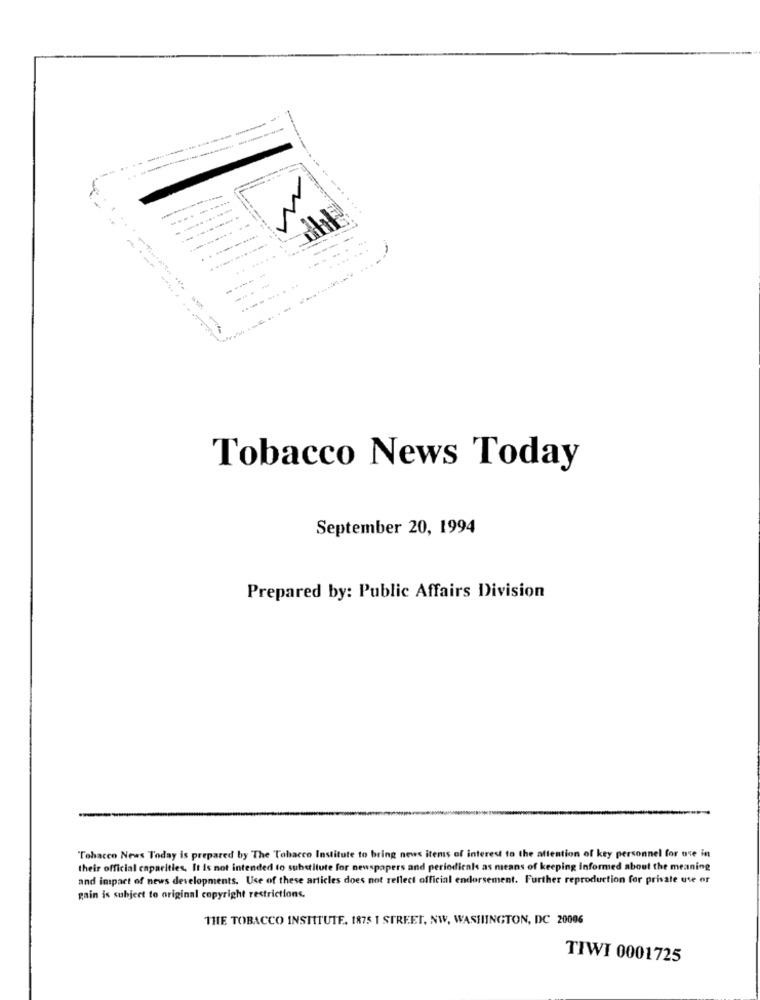
---------.
N
Tobacco News Today
September 20, 1994
Prepared by: Public Affairs Division
Tobacco News Today is prepared by The Tobacco Institute to bring news items of interest to the attention of key personnel for use in
their official capacities. It Is not intended to substitute for newspapers and periodicals as means of keeping informed about the meaning
and impact of news developments. Use of these articles does not reflect official endorsement. Further reproduction for private use or
gain is subject to original copyright restrictions,
THE TOBACCO INSTITUTE. 1875 1 STREET, NW, WASHINGTON, DC 20006
TIWI 0001725